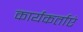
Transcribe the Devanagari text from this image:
कार्यकर्ताएं